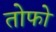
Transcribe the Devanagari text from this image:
तोफो